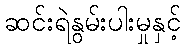
ဆင်းရဲနွမ်းပါးမှုနှင့်